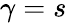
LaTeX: \gamma=s